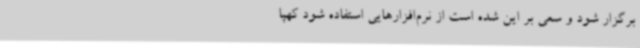
برگزار شود و سعی بر این شده است از نرم‌افزارهایی استفاده شود کهپا